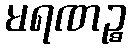
မရဏဉ္စ